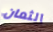
الثمان